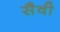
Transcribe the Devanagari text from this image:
सैवी